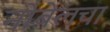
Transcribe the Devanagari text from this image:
नोबेलचा